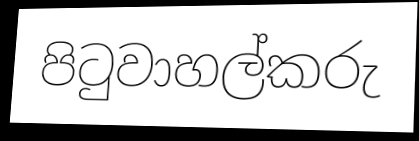
පිටුවාහල්කරු